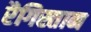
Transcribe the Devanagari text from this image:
रैगिस्तान